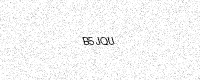
Text: B5JQU